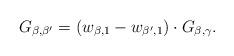
LaTeX: \begin{align*} G_{\beta,\beta'}=(w_{\beta,1}-w_{\beta',1})\cdot G_{\beta,\gamma}.\end{align*}